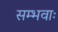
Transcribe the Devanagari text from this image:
सम्भवाः